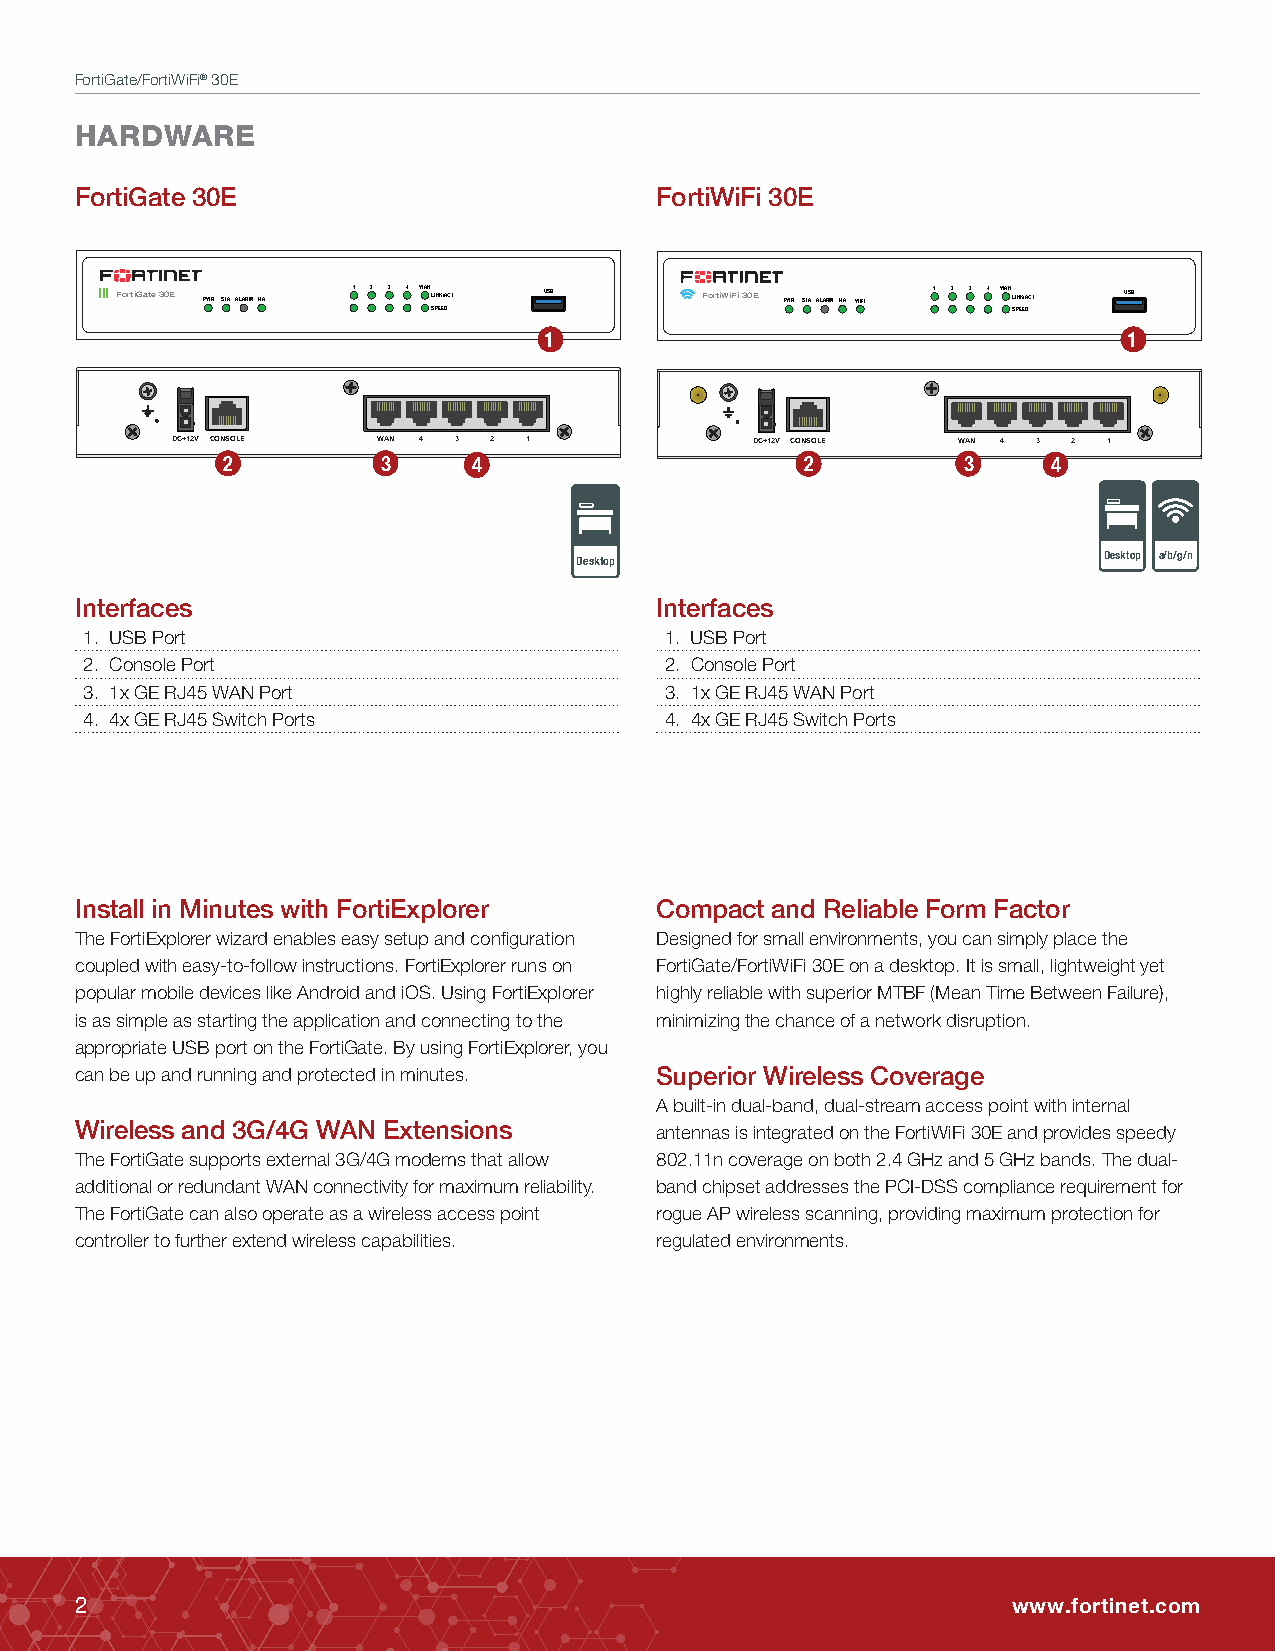
FortiGate/FortiWiFi® 30E
 HARDWARE
 FortiGate 30E                         FortiWiFi 30E
 FortiGate 30E PWR STAALARMHA 1 2 3 4 WAN LINK/ACT USB FortiWiFi 30E PWR STAALARMHA WIFI 1 2 3 4 WAN LINK/ACT USB
 SPEED                                 SPEED
 1                                      1
 DC+12V CONSOLE WAN 4 3 2 1             DC+12V CONSOLE WAN 4 3 2 1
 2         3     4                     2          3     4
 Desktop                            Desktop a/b/g/n
 Interfaces                            Interfaces
 1. USB Port                           1. USB Port
 2. Console Port                       2. Console Port
 3. 1x GE RJ45 WAN Port                3. 1x GE RJ45 WAN Port
 4. 4x GE RJ45 Switch Ports            4. 4x GE RJ45 Switch Ports
 Install in Minutes with FortiExplorer Compact and Reliable Form Factor
 The FortiExplorer wizard enables easy setup and configuration Designed for small environments, you can simply place the
 coupled with easy-to-follow instructions. FortiExplorer runs on FortiGate/FortiWiFi 30E on a desktop. It is small, lightweight yet
 popular mobile devices like Android and iOS. Using FortiExplorer highly reliable with superior MTBF (Mean Time Between Failure),
 is as simple as starting the application and connecting to the minimizing the chance of a network disruption.
 appropriate USB port on the FortiGate. By using FortiExplorer, you
 can be up and running and protected in minutes. Superior Wireless Coverage
 A built-in dual-band, dual-stream access point with internal
 Wireless and 3G/4G WAN Extensions     antennas is integrated on the FortiWiFi 30E and provides speedy
 The FortiGate supports external 3G/4G modems that allow 802.11n coverage on both 2.4 GHz and 5 GHz bands. The dual-
 additional or redundant WAN connectivity for maximum reliability. band chipset addresses the PCI-DSS compliance requirement for
 The FortiGate can also operate as a wireless access point rogue AP wireless scanning, providing maximum protection for
 controller to further extend wireless capabilities. regulated environments.
 2                                                             www.fortinet.com